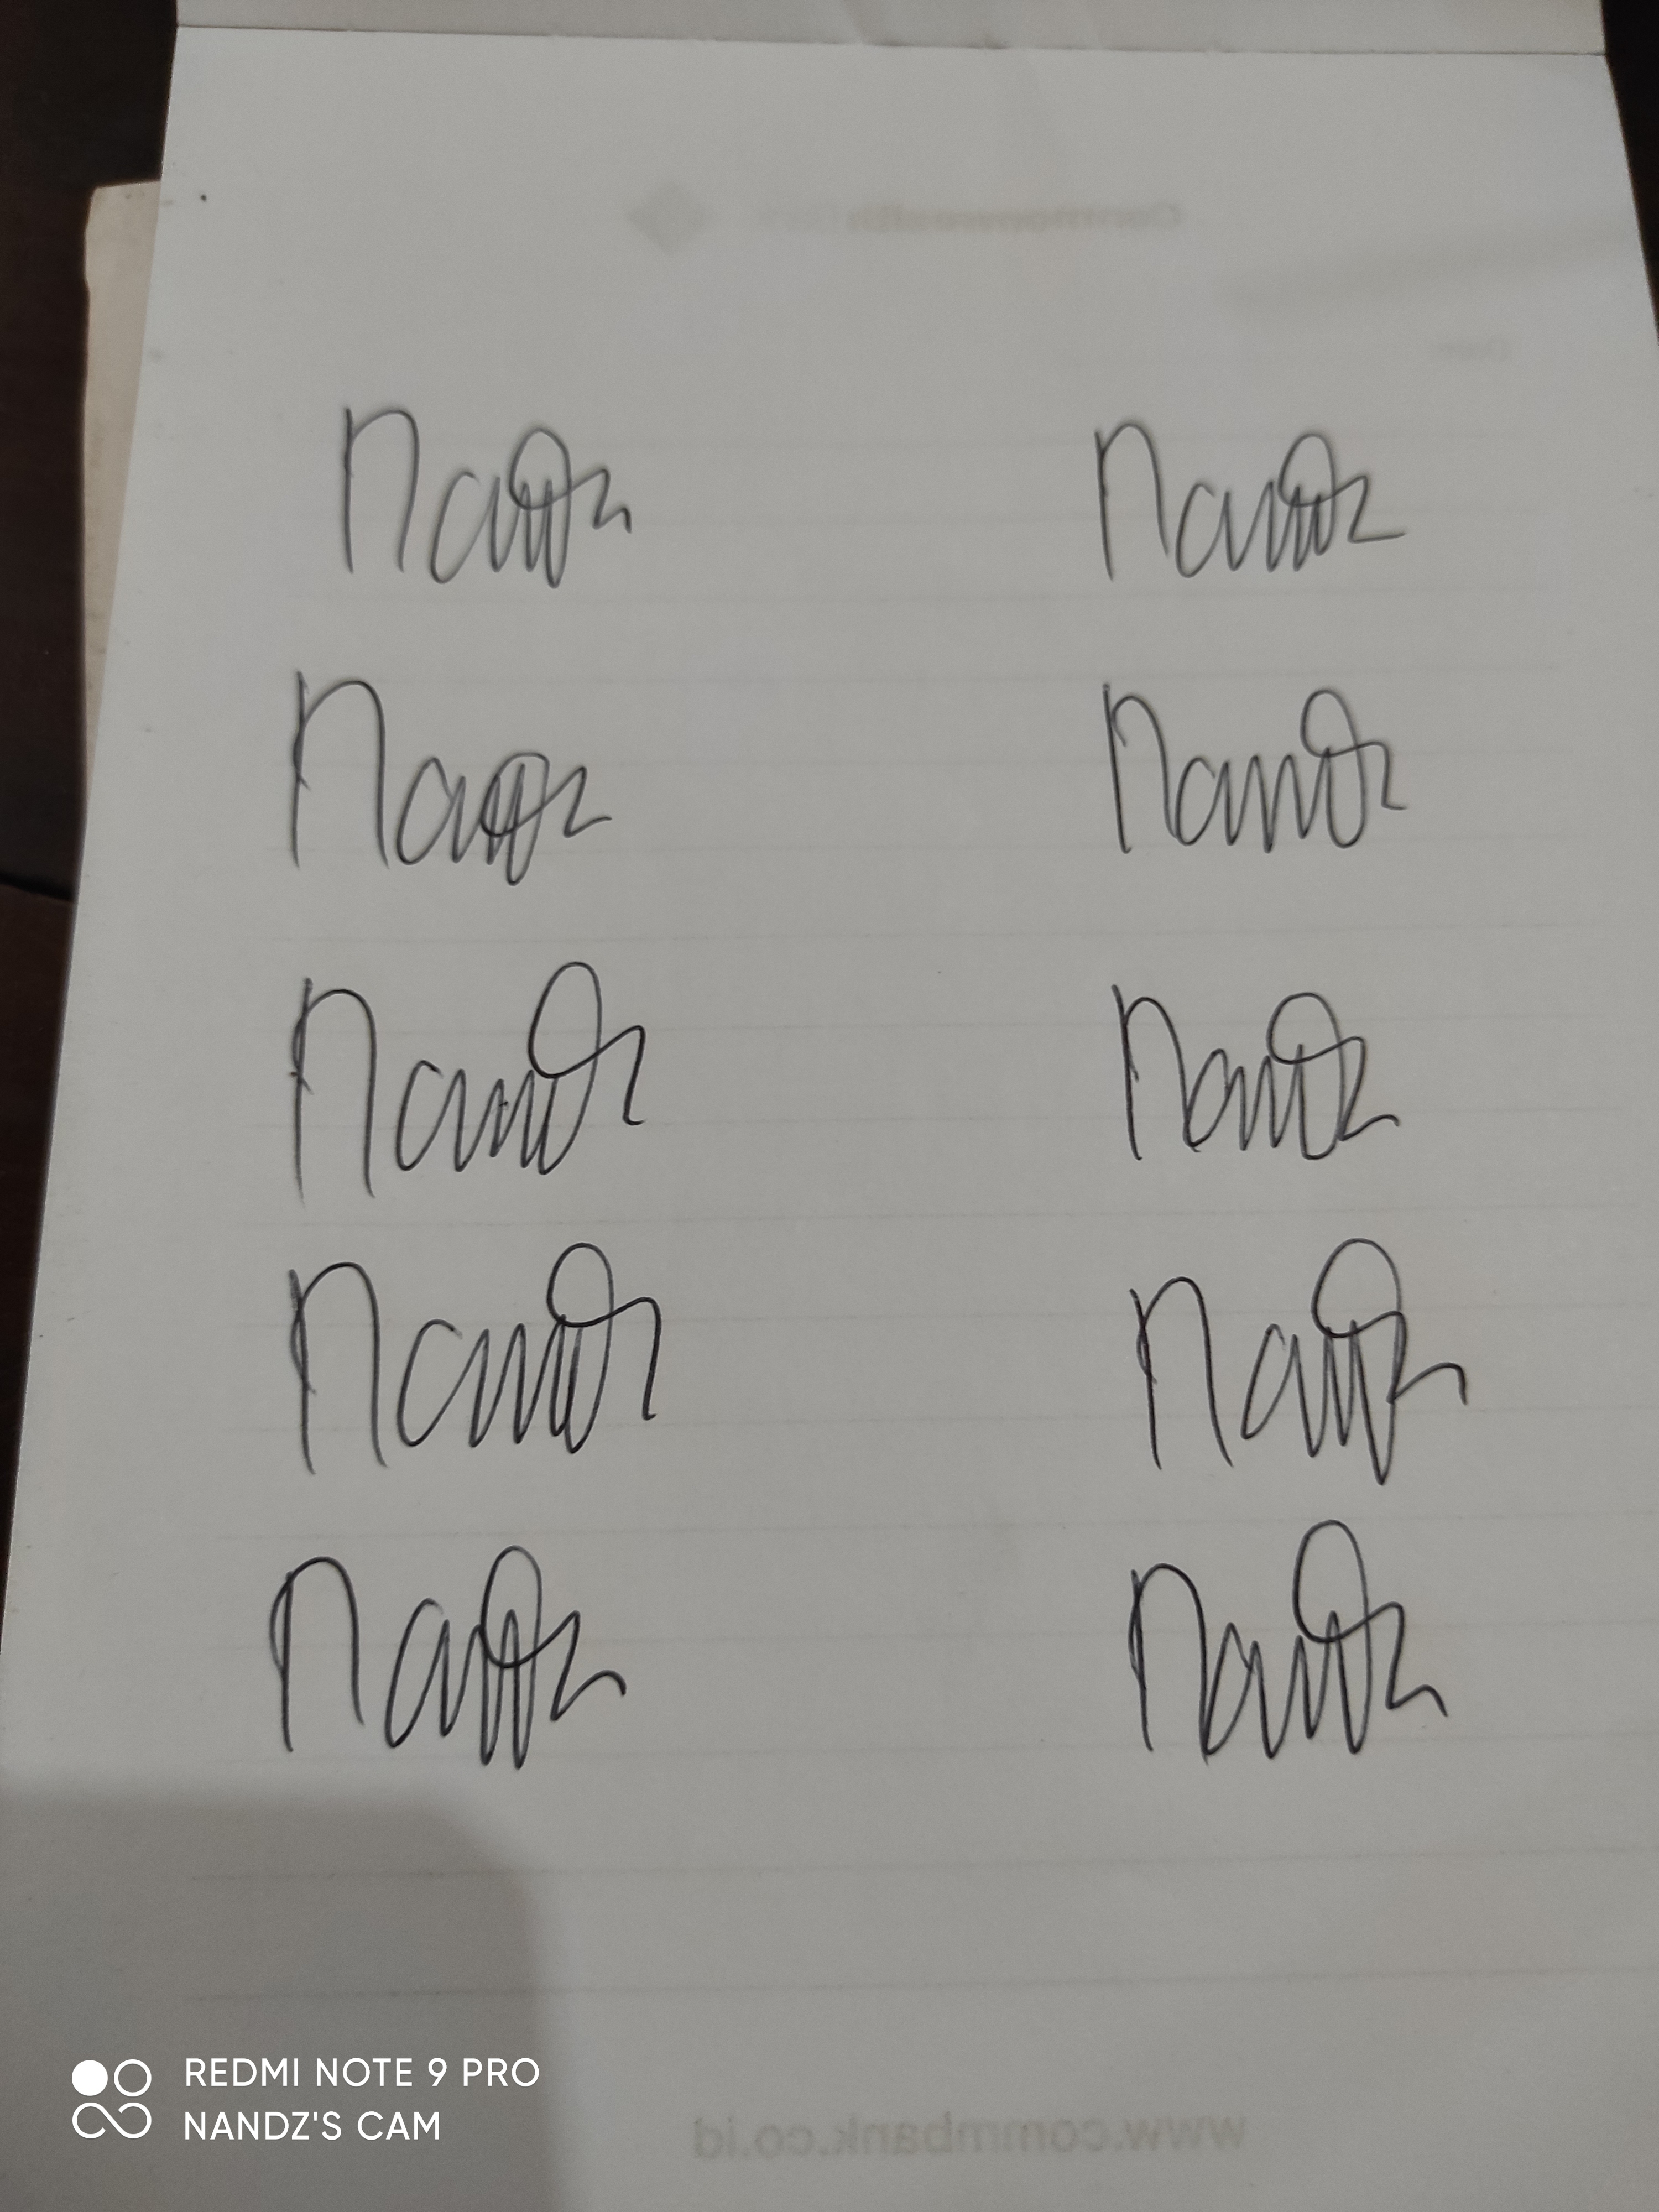
Signature authenticity: genuine